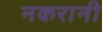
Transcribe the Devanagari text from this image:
नकरानी